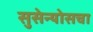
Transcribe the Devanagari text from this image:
सुसेन्योसचा